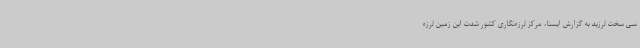
سی سخت لرزید به گزارش ایسنا، مرکز لرزه‌نگاری کشور شدت این زمین لرزه